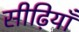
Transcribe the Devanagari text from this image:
सीढ़ियाँ